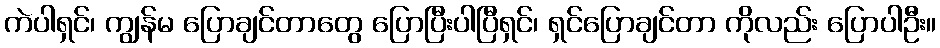
ကဲပါရှင်၊ ကျွန်မ ပြောချင်တာတွေ ပြောပြီးပါပြီရှင်၊ ရှင်ပြောချင်တာ ကိုလည်း ပြောပါဦး။